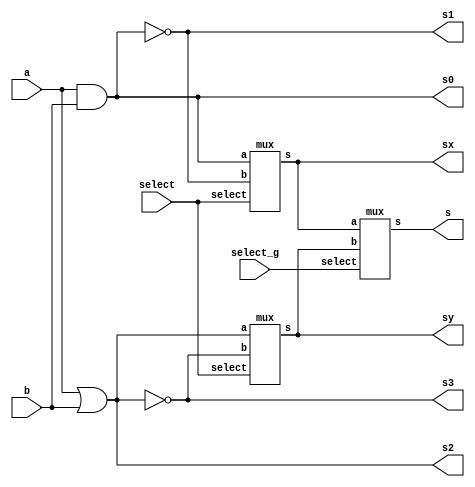
// -------------------------
// Exemplo_0703 - GATES
// Laura Iara Silva Santos Xavier - 734661
// -------------------------
module LU ( output s, s0, s1, s2, s3, sx, sy,
 input a, b, select, select_g );
// descrever por portas
and AND1(s0, a, b);
nand NAND1(s1, a, b);
mux MUX1(sx, s0, s1, select);

or OR1(s2, a, b);
nor NOR1(s3, a, b);
mux MUX2(sy, s2, s3, select);

mux MUX3(s, sx, sy, select_g);
endmodule // LU
// -------------------------
// multiplexer
// -------------------------
module mux ( output s,
 input a,
 input b,
 input select );
// definir dados locais
 wire not_select;
 wire sa;
 wire sb;
// descrever por portas
 not NOT1 ( not_select, select );
 and AND1 ( sa, a, not_select );
 and AND2 ( sb, b, select );
 or OR1 ( s , sa, sb );
endmodule // mux

module test_LU;
// ------------------------- definir dados
 reg a, b;
 reg select_g, select;
 wire s0, s1, s2, s3, s, sx, sy;
 
 LU modulo (s, s0, s1, s2, s3, sx, sy, a, b, select, select_g);
 initial
    begin
    a = 0; b = 0; select = 0; select_g = 0;
    end

// ------------------------- parte principal
 initial
 begin : main
 $display("Exemplo_0703 -  Laura Iara Silva Santos Xavier - 734661");
 $display("Test LU's module");
 $display(" a b x xg  sx sy s ");
 
 $monitor("%2b%2b%2b%2b %3b%3b%3b", a, b, select, select_g, sx, sy, s);
 #1 b = 1;
 #1 a = 1; b = 0;
 #1 b = 1;
 #1 a = 0; b = 0; select = 1;
 #1 b = 1;
 #1 a = 1; b = 0;
 #1 b = 1;
 #1 a = 0; b = 0; select_g = 1;
 #1 b = 1;
 #1 a = 1; b = 0;
 #1 b = 1;
 #1 a = 0; b = 0; select = 0;
 #1 b = 1;
 #1 a = 1; b = 0;
 #1 b = 1;
 
 
 end
endmodule // test_LU